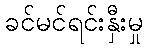
ခင်မင်ရင်းနှီးမှု